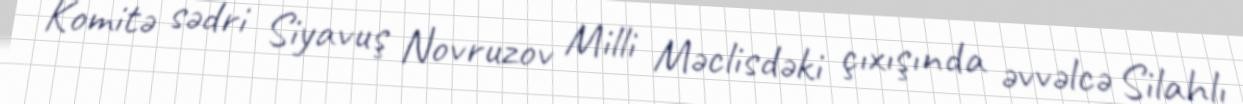
Komitə sədri Siyavuş Novruzov Milli Məclisdəki çıxışında əvvəlcə Silahlı